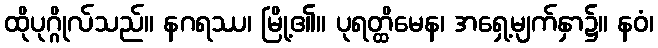
ထိုပုဂ္ဂိုလ်သည်။ နဂရဿ၊ မြို့၏။ ပုရတ္ထိမေန၊ အရှေ့မျက်နှာ၌။ နဝံ၊